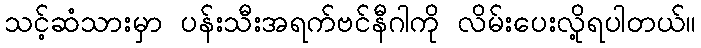
သင့်ဆံသားမှာ ပန်းသီးအရက်ဗင်နီဂါကို လိမ်းပေးလို့ရပါတယ်။